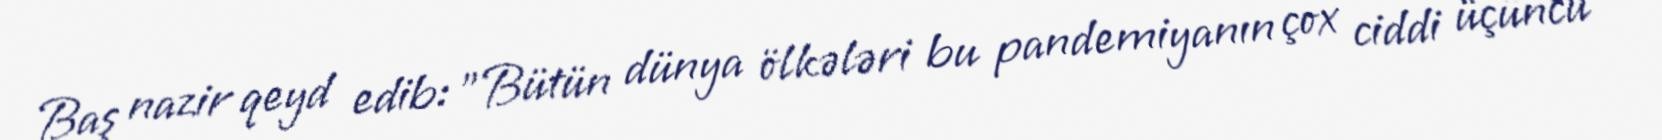
Baş nazir qeyd edib: "Bütün dünya ölkələri bu pandemiyanın çox ciddi üçüncü